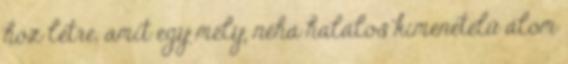
hoz létre, amit egy mély, néha halálos kimenetelű álom